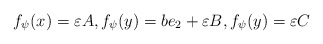
\begin{align*}f_\psi(x)= \varepsilon A, f_\psi(y)=b e_2 + \varepsilon B, f_\psi(y)= \varepsilon C\end{align*}